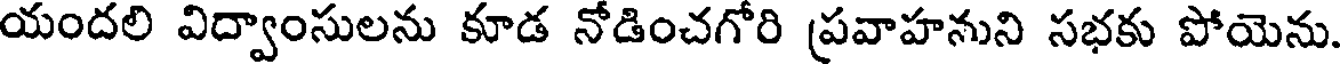
యందలి విద్వాంసులను కూడ నోడించగోరి ప్రవాహనుని సభకు పోయెను.